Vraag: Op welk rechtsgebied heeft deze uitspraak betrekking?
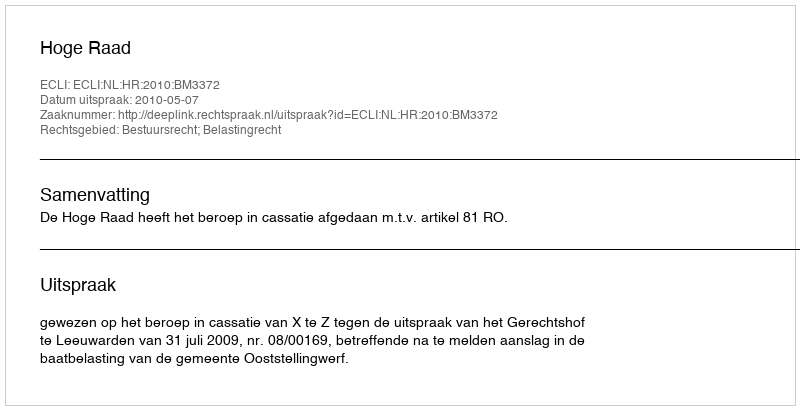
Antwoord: Bestuursrecht; Belastingrecht